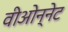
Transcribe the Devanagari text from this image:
वीओन्नेट